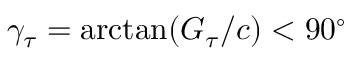
\gamma _ { \tau } = \mathrm { a r c t a n } ( G _ { \tau } / c ) < 9 0 ^ { \circ }